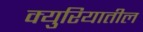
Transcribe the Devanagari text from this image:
क्युरियातील